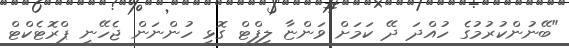
"ބޭނުންކުރުމުގެ ހުއްދަ ދޭ ކަމަށް ވަންޏާ ލިފްޓް ގޮޅި ހުންނަން ޖެހޭނީ ޕްރޮޓެކްޓް